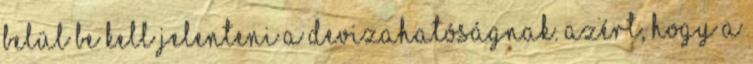
belül be kell jelenteni a devizahatóságnak. Azért, hogy a